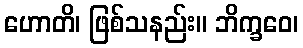
ဟောတိ၊ ဖြစ်သနည်း။ ဘိက္ခဝေ၊